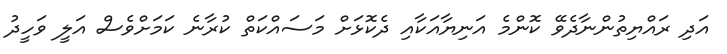
އަދި ރައްޔިތުންނާދެވޭ ކޮންމެ އަނިޔާއަކާއި ދެކޮޅަށް މަސައްކަތް ކުރާނެ ކަމަށްވެސް އަލީ ވަހީދު